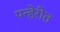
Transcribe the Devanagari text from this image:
पन्हेरीत